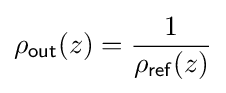
\rho _{\mathsf {out}}(z)={\frac {1}{\rho _{\mathsf {ref}}(z)}}